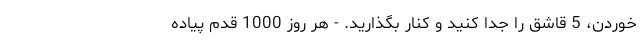
خوردن، 5 قاشق را جدا کنید و کنار بگذارید. - هر روز 1000 قدم پیاده